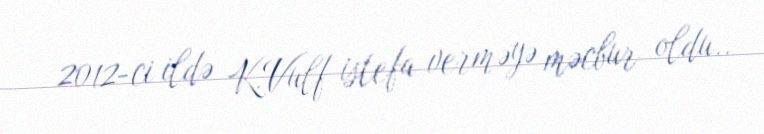
2012-ci ildə K.Vulf istefa verməyə məcbur oldu..